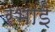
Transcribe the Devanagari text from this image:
रभाई